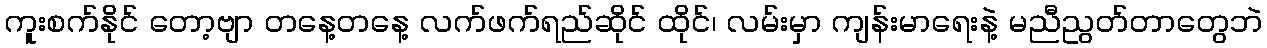
ကူးစက်နိုင် တော့ဗျာ တနေ့တနေ့ လက်ဖက်ရည်ဆိုင် ထိုင်၊ လမ်းမှာ ကျန်းမာရေးနဲ့ မညီညွတ်တာတွေဘဲ